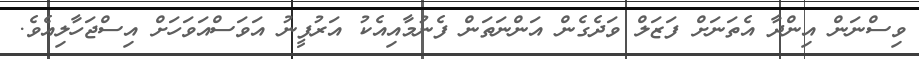
ވިސްނަން އިންދާ އެތަނަށް ފަޒަލް ވަދެގެން އަންނަތަން ފެނުމާއިއެކު އަރުފީނު އަވަސްއަވަހަށް އިސްޖަހާލިއެވެ.